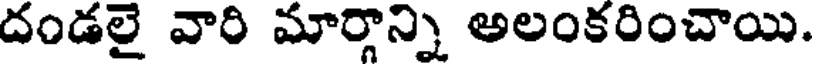
దండలై వారి మార్గాన్ని అలంకరించాయి.